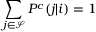
\sum _ { j \in \mathcal { S } } P ^ { c } ( j | i ) = 1